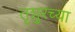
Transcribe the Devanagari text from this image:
तृशुरच्या